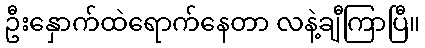
ဦးနှောက်ထဲရောက်နေတာ လနဲ့ချီကြာပြီ။